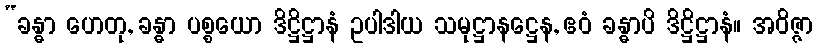
“ခန္ဓာ ဟေတု, ခန္ဓာ ပစ္စယော ဒိဋ္ဌိဋ္ဌာနံ ဥပါဒါယ သမုဋ္ဌာနဋ္ဌေန, ဧဝံ ခန္ဓာပိ ဒိဋ္ဌိဋ္ဌာနံ။ အဝိဇ္ဇာ